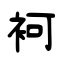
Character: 袔